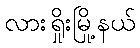
လားရှိုးမြို့နယ်